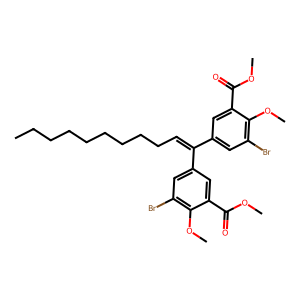
SMILES: CCCCCCCCCC=C(c1cc(Br)c(OC)c(C(=O)OC)c1)c1cc(Br)c(OC)c(C(=O)OC)c1
Inhibits HIV replication: No